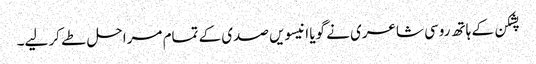
پشکن کے ہاتھ روسی شاعری نے گویا انیسویں صدی کے تمام مراحل طے کر لیے۔